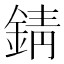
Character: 錆